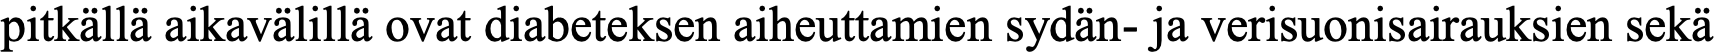
pitkällä aikavälillä ovat diabeteksen aiheuttamien sydän- ja verisuonisairauksien sekä